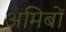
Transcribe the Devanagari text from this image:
अमिबों